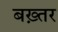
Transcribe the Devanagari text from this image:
बख़्तर